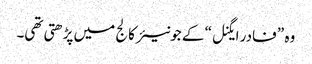
وہ ” فادر ایگنل“ کے جونیئر کالج میں پڑھتی تھی۔